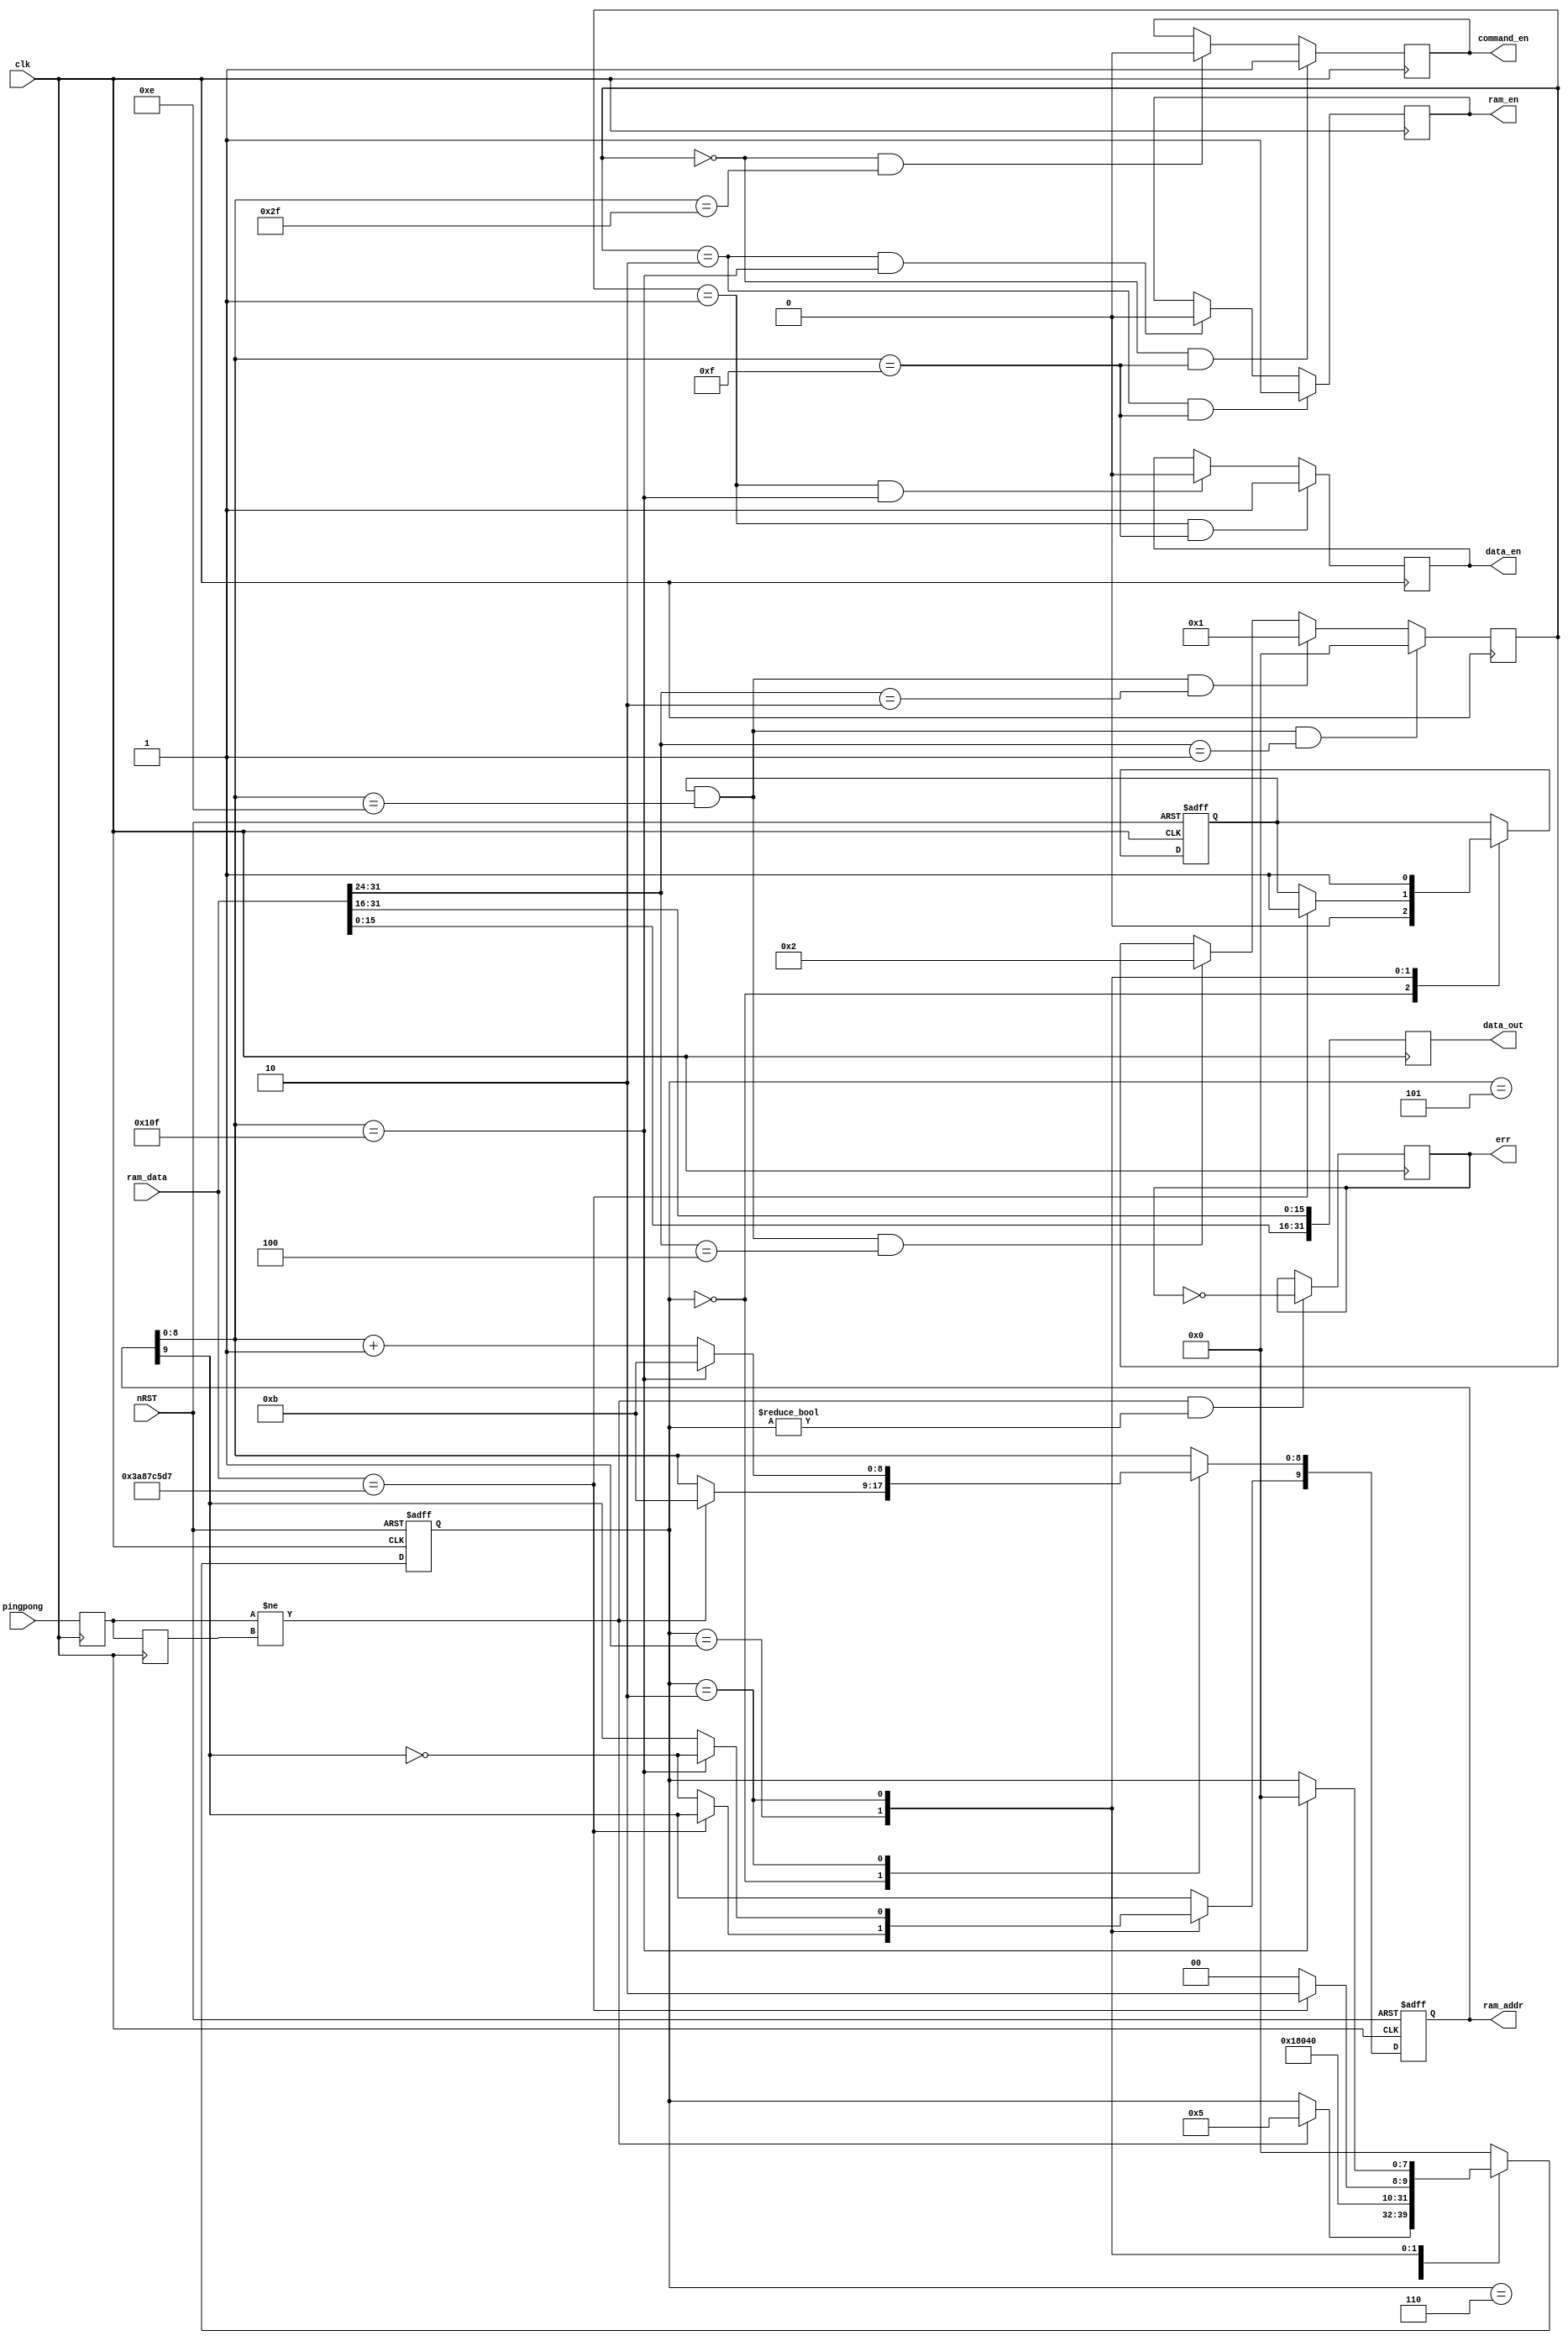
module udp_data_issue(
	input clk,//----------------
	input nRST,//---------------0 is active
	
	input pingpong,
	
	input [31:0] ram_data,//-------------------ram_data
	output reg [9:0] ram_addr,//---------------ram_addr
	
	output reg[31:0]data_out,
	output reg data_en,
	output reg command_en,
	output reg ram_en,
	
	output reg err//--------------------------------udp_busyping_pong
	);

//===================================
//
//===================================
reg [7:0] state;
reg [15:0] count;//-------------------------------
reg pingpong0,pingpong1;//------------------------ping_pong
reg en_start;
reg [7:0] udp_flag;

//=====================================================================================
//=====================================================================================
//	
//=====================================================================================	
parameter   idle = 8'd0,wait_send = 8'd1,start_send = 8'd2,
			wait_end = 8'd3,send_end = 8'd4,delay1=8'd5,delay2=8'd6;
//=====================================================================================	
always @(posedge clk)
begin
	pingpong0 <= pingpong;
	pingpong1 <= pingpong0;
end	

always @(posedge clk)
begin
	data_out <= {ram_data[15:0],ram_data[31:16]};
end	

always @(posedge clk)
begin
	if((pingpong0 != pingpong1) && (state != idle))
		err <= ~err;
end	

//=====================================================================================
//	
//=====================================================================================	
always @(posedge clk or negedge nRST)
begin
	if(!nRST)
		begin
			ram_addr <= 10'd0;
			count <= 16'd0;
			en_start <= 1'b0;
			state <= idle;
		end	
	else
		case(state)
		idle:
			begin
				en_start <= 1'b0;
				if(pingpong0 != pingpong1)
				begin
					state <= delay1;
					ram_addr[8:0] <= 9'd11;
				end	
			end	
		delay1:state <= delay2;
		delay2:state <= wait_send;
		wait_send:
			begin		
				if(ram_data == 32'h3a87c5d7)
				begin
					en_start <= 1'b1;
					state <= start_send;
				end	
				else
				begin
					ram_addr[9] <= ~ram_addr[9];
					state <= idle;
				end	
			end	
		start_send://--------------------------------------------------------FIFOlengthRAM_PRE
			begin
				en_start <= 1'b1;
				if(ram_addr[8:0] == 9'h10f)
				begin	
					ram_addr[9] <= ~ram_addr[9];
					ram_addr[8:0] <= 9'd11;
					state <= idle;
				end	
				else	
					ram_addr[8:0] <= ram_addr[8:0] + 1'b1;
			end
		default:
				state <= idle;
		endcase	
end		
//=====================================================================================	
always @(posedge clk)
begin
	if(en_start & (ram_addr[8:0] == 9'h00e) & (ram_data[31:24] == 8'h01))
		udp_flag <= 8'd0;//---
	else if(en_start & (ram_addr[8:0] == 9'h00e) & (ram_data[31:24] == 8'h02))
		udp_flag <= 8'd1;//---
	else if(en_start & (ram_addr[8:0] == 9'h00e) & (ram_data[31:24] == 8'h04))
		udp_flag <= 8'd2;//---RAM	
	else
		udp_flag <= udp_flag;
end

always @(posedge clk)
begin
	if((udp_flag == 8'd0) & (ram_addr[8:0] == 9'h00f))
		command_en <= 1'b1;
	else if((udp_flag == 8'd0) & (ram_addr[8:0] == 9'h02f))
		command_en <= 1'b0;
	else
		command_en <= command_en;
end

always @(posedge clk)
begin
	if((udp_flag == 8'd1) & (ram_addr[8:0] == 9'h00f))
		data_en <= 1'b1;
	else if((udp_flag == 8'd1) & (ram_addr[8:0] == 9'h10f))
		data_en <= 1'b0;
	else
		data_en <= data_en;
end

always @(posedge clk)
begin
	if((udp_flag == 8'd2) & (ram_addr[8:0] == 9'h00f))
		ram_en <= 1'b1;
	else if((udp_flag == 8'd2) & (ram_addr[8:0] == 9'h10f))
		ram_en <= 1'b0;
	else
		ram_en <= ram_en;
end

//=====================================================================================	
//=====================================================================================	

endmodule